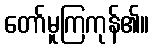
တော်မူကြကုန်၏။